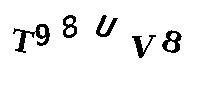
T98UV8